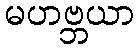
မဟဗ္ဘယာ